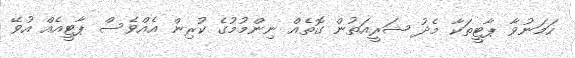
ހަމަނުވާ ޕާޓީތަކާ މެދު ޝަރީއަތުން ގޮތެއް ނިންމުމުގެ ކުރިން އެއްވެސް ޕާޓީއެއް އުވޭ